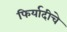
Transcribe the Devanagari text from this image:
फिर्यादीचे